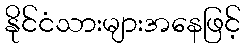
နိုင်ငံသားများအနေဖြင့်